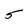
Character: 5